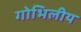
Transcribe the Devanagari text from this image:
गोभिलीय